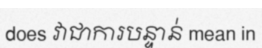
does វាជាការបន្ទាន់ mean in